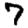
Digit: 7